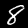
Digit: 8